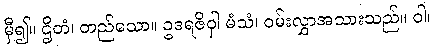
မှီ၍။ ဌိတံ၊ တည်သော။ ဥဒရဇိဝှါ မံသံ၊ ဝမ်းလွှာအသားသည်။ ဝါ၊